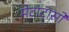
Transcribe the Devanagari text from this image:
मेटाटार्सो